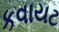
કવાયટ